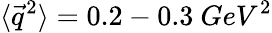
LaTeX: \langle{\vec{q}}^{2}\rangle=0.2-0.3~GeV^{2}